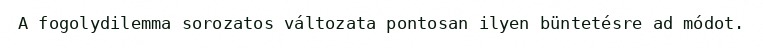
A fogolydilemma sorozatos változata pontosan ilyen büntetésre ad módot.